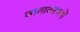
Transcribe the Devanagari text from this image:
वातावरणमें